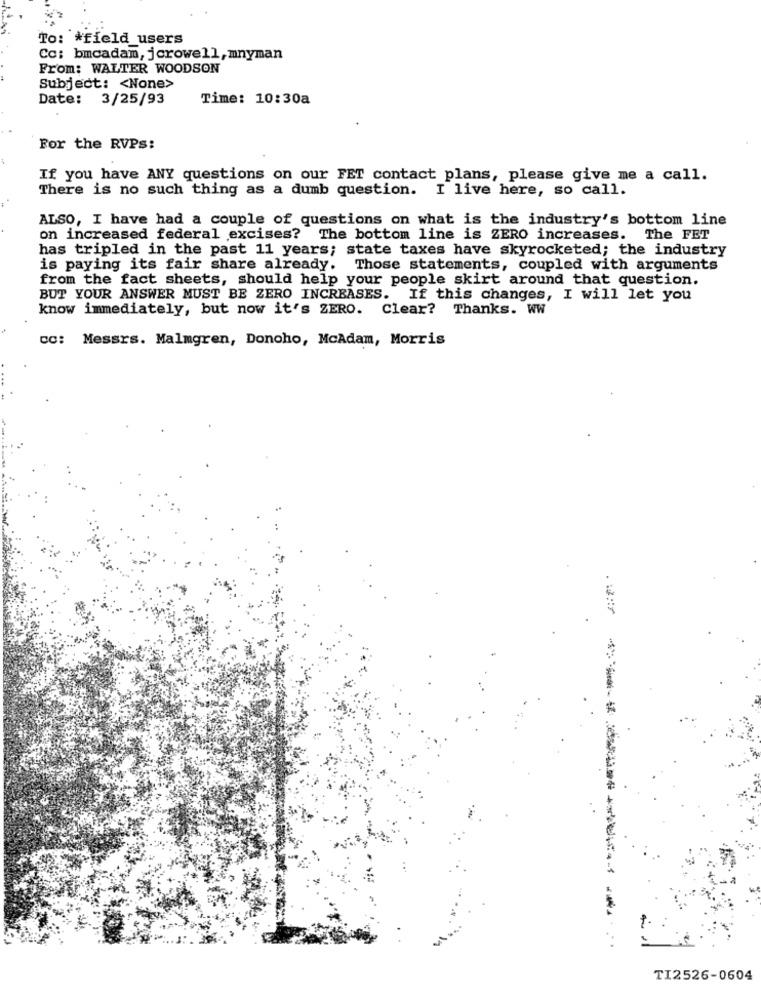
To: * field_users
Co: bmcadam, jcrowell, mnyman
From: WALTER WOODSON
Subject: < None>
Date: 3/25/93
Time: 10:30a
For the RVPs:
If you have ANY questions on our FET contact plans, please give me a call.
There is no such thing as a dumb question. I live here, so call.
ALSO, I have had a couple of questions on what is the industry's bottom line
on increased federal excises? The bottom line is ZERO increases. The FET
has tripled in the past 11 years; state taxes have skyrocketed; the industry
is paying its fair share already. Those statements, coupled with arguments
from the fact sheets, should help your people skirt around that question.
BUT YOUR ANSWER MUST BE ZERO INCREASES. If this changes, I will let you
know immediately, but now it's ZERO. Clear? Thanks. WW
cc: Messrs. Malmgren, Donoho, McAdam, Morris
...
TI2526-0604